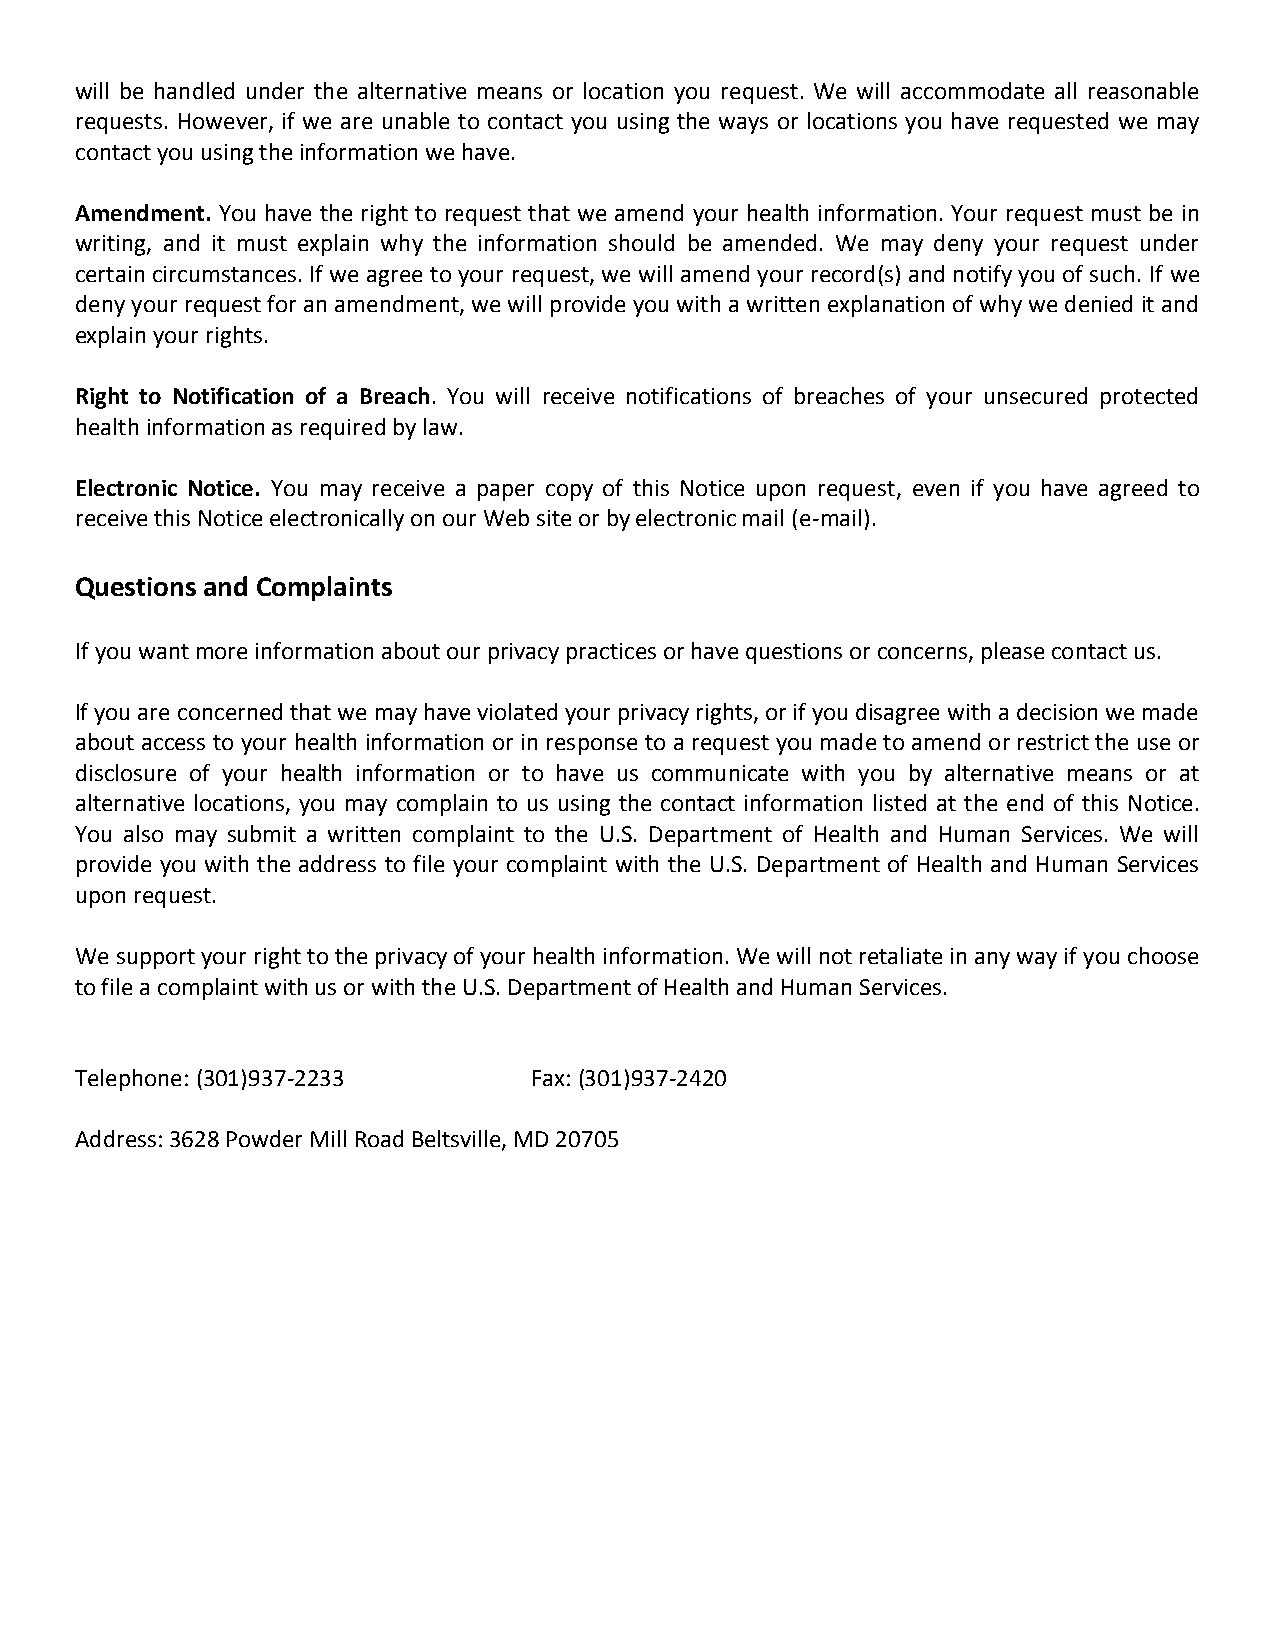
will be handled under the alternative means or location you request. We will accommodate all reasonable
 requests. However, if we are unable to contact you using the ways or locations you have requested we may
 contact you using the information we have.
 Amendment. You have the right to request that we amend your health information. Your request must be in
 writing, and it must explain why the information should be amended. We may deny your request under
 certain circumstances. If we agree to your request, we will amend your record(s) and notify you of such. If we
 deny your request for an amendment, we will provide you with a written explanation of why we denied it and
 explain your rights.
 Right to Notification of a Breach. You will receive notifications of breaches of your unsecured protected
 health information as required by law.
 Electronic Notice. You may receive a paper copy of this Notice upon request, even if you have agreed to
 receive this Notice electronically on our Web site or by electronic mail (e-mail).
 Questions and Complaints
 If you want more information about our privacy practices or have questions or concerns, please contact us.
 If you are concerned that we may have violated your privacy rights, or if you disagree with a decision we made
 about access to your health information or in response to a request you made to amend or restrict the use or
 disclosure of your health information or to have us communicate with you by alternative means or at
 alternative locations, you may complain to us using the contact information listed at the end of this Notice.
 You also may submit a written complaint to the U.S. Department of Health and Human Services. We will
 provide you with the address to file your complaint with the U.S. Department of Health and Human Services
 upon request.
 We support your right to the privacy of your health information. We will not retaliate in any way if you choose
 to file a complaint with us or with the U.S. Department of Health and Human Services.
 Telephone: (301)937-2233      Fax: (301)937-2420
 Address: 3628 Powder Mill Road Beltsville, MD 20705